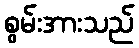
စွမ်းအားသည်